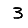
Digit: 3